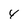
Character: 4